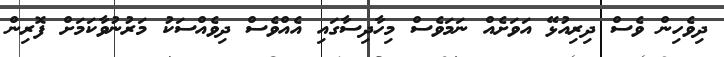
ދިވެހިން ވެސް ދިރިއުޅޭ އަވަށެއް ނަމަވެސް މިހާދިސާގައި އެއްވެސް ދިވެއްސަކު މަރުނުވާކަމަށް ފޮރިން